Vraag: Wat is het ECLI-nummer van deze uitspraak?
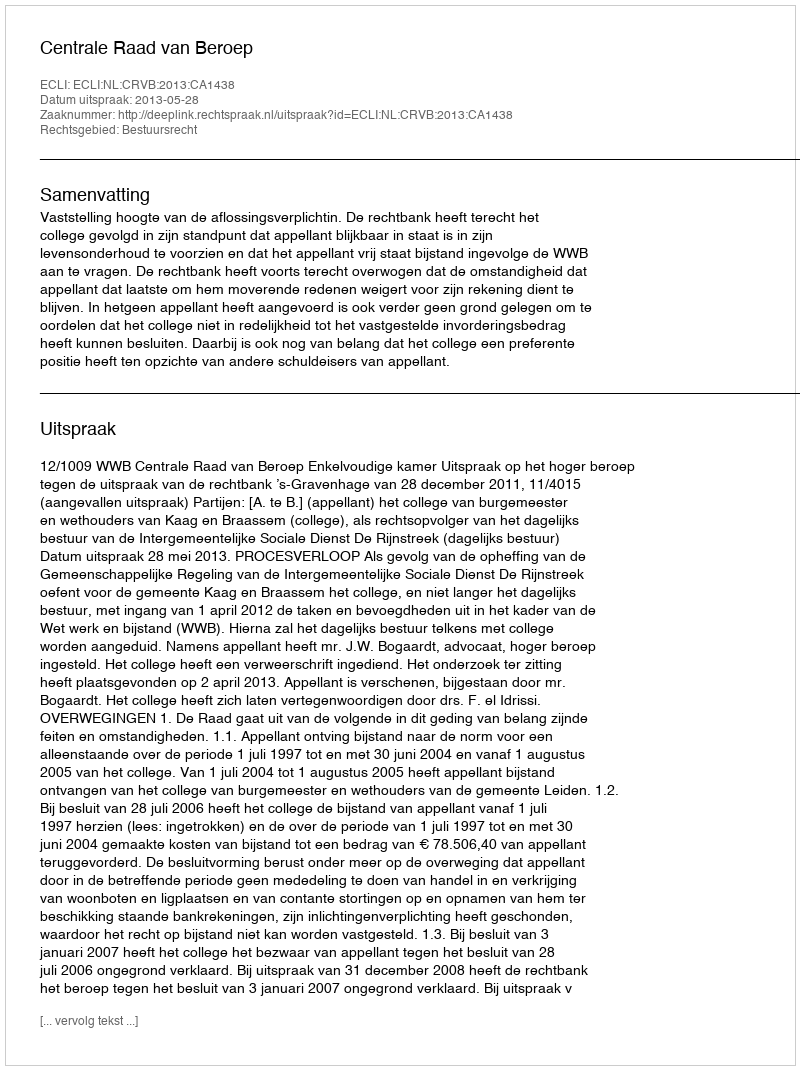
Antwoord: ECLI:NL:CRVB:2013:CA1438